Karu_vallavalitsus_Parnumaal, lk 18
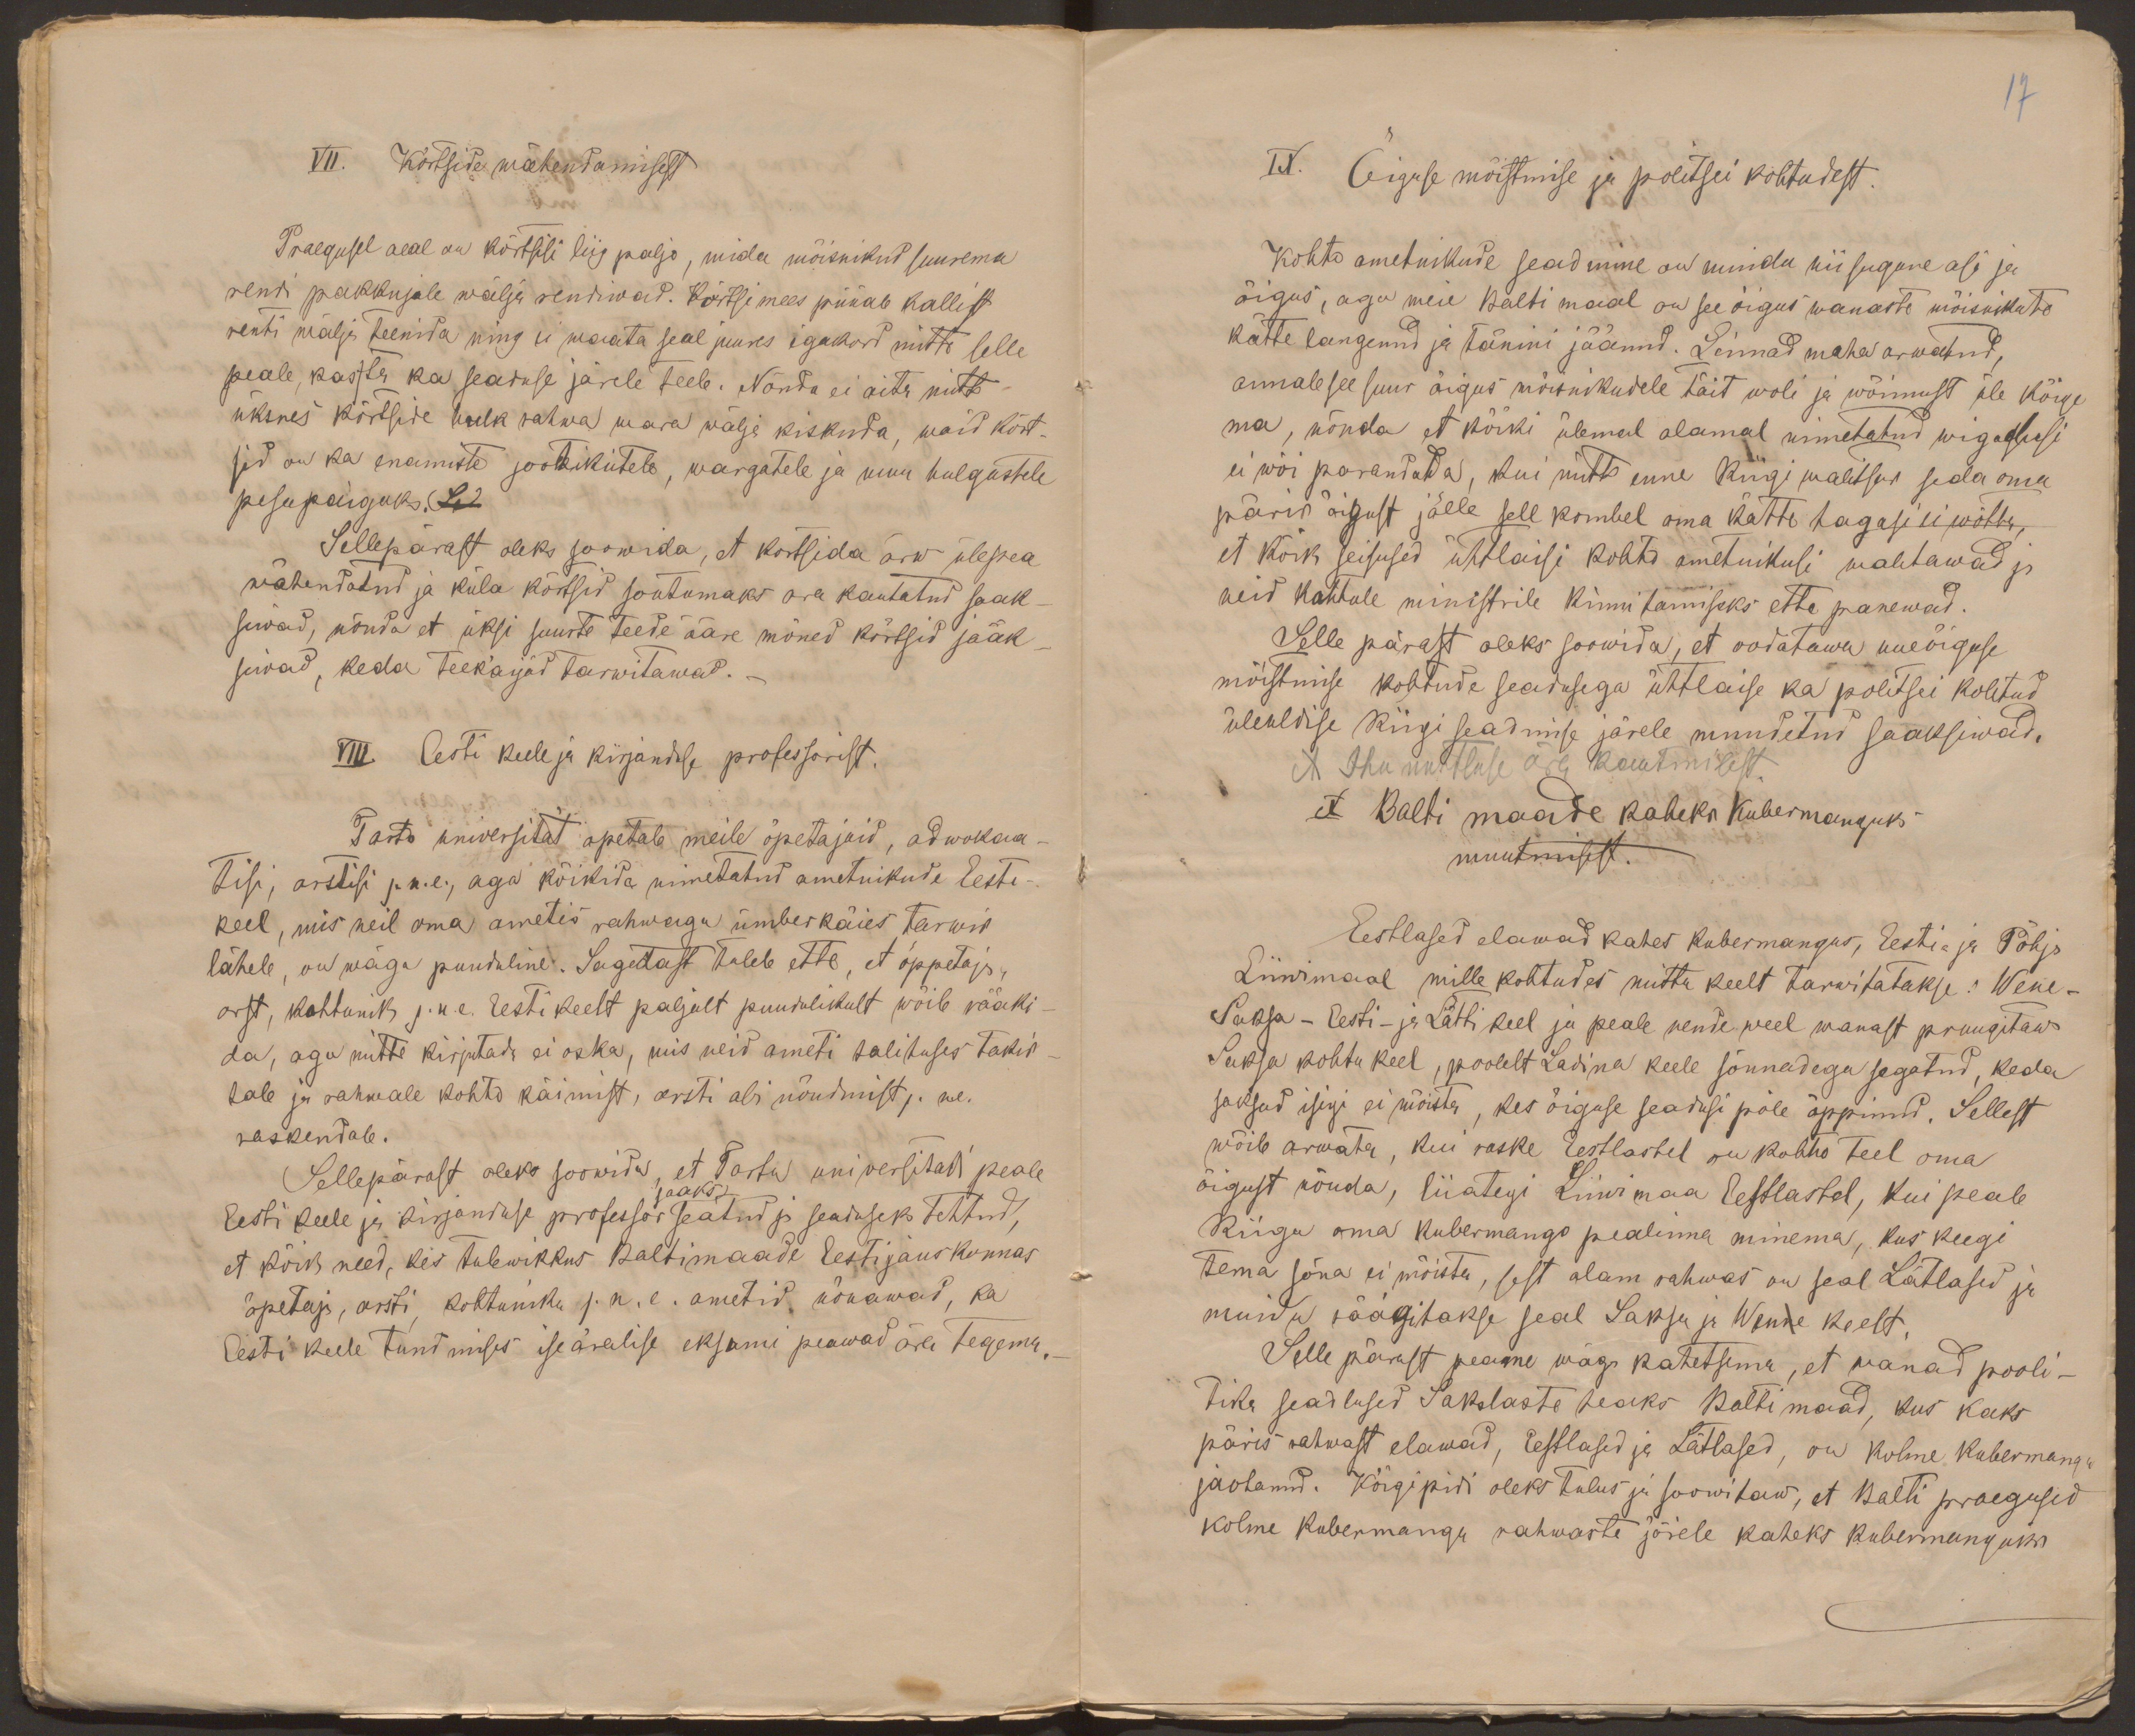
17

VII. Kõrtside wähendamisest
Praegusel aeal on kõrtsisi liig paljo, mida mõisnikud suurema
rendi pakkujale wälja rendiwad. Kõrtsi mees püüab kallist
renti wälja teenida ning ei waata seal juures igakord mitte selle
peale, kassta ka seaduse järele teeb. Nõnda ei aita mitte
üksnes kõrtside hulk rahwa wara wälja kiskuda, waid kõrt-
sid on ka enamiste jootikutele, wargatele ja muu hulgustele
pesapaigaks. Sel
Sellepärast oleks soowida, et kõrtsida arw ülepea
wähendatud ja küla kõrtsid soutumaks ara kautatud saak-
siwad, nõnda et üksi suurte teede ääre mõned kõrtsid jääk-
siwad, keda teekäijad tarwitawad._
VIII. Eesti keele ja kirjanduse professorist.
Tarto univesität opetab meile õpetajaid, adwokaa-
tisi, arstisi j.n.e, aga kõikide nimetatud ametnikude Eesti-
keel, mis neil oma ametis rahwaga ümberkäies tarwis
läheb, on wäga puuduline. Sagedast tuleb ette, et õppetaja
arst, kohtunik j.n.e. Eesti keelt paljalt puudulikult wõib rääki-
da, aga mitte kirjutada ei oska, mis neid ameti talituses takis-
tab ja rahwale kohto käimist, arsti abi nõudmist j. n.e.
raskendab.
Sellepärast oleks soowida, et Tartu universitat peale
saaks
Eesti keele ja kirjanduse professor seatud ja seaduseks tehtud,
et kõik need, kes tulewikkus Baltimaade Eesti jauskonnas
õpetaja, arsti, kohtuniku j.n.e. ametid nõuawad, ka
Eesti keele tundmises iseäralise eksami peawad ära tegema._

IX. Õiguse mõistmise ja politsei kohtudest.
Kohto ametnikude seadmine on muidu niisugune asi ja
õigus, aga meie Balti maal on see õigus wanaste mõisnikute
kätte langenud ja tänini jäänud. Linnad maha arwatud,
annab see suur õigus mõisnikudele täit woli ja wõimust üle kõige
ma, nõnda et kõiki ülemal alamal nimetatud wigadusi
ei wõi parandada, kui mitte enne Riigi walitsus seda oma
päris õigust jälle sell kombel oma kätte tagasi ei wõtta,
et kõik seisused ühtlaisi kohto ametnikusi waletawad ja
neid kohtule ministrile kinnitamiseks ette panewad.
Selle pärast oleks soowida, et oodatawa uueõiguse
mõistmise kohtude seadusega ühtlaise ka politsei kolitud
üleuldise Riigi seadmise järele muudetud saaksiwad.
Ihu nuhtluse ära kautmisest.
X Balti maade kaheks Kubermanguks
muutmisest.
Eestlased elawad kahes kubermangus, Eestis ja Põhja
Liiwimaal mille kohtudes mittu keelt tarwitatakse. Wene-
Saksa - Eesti- ja Lätti keel ja peale nende weel wanast pruugitaw
Saksa kohtu keel, poolelt Ladina keele sõnnadega segatud, keda
saksad isigi ei mõista, kes õiguse seadusi põle õppinud. Sellest
wõib arwata, kui raske Eestlastel on kohto teel oma
õigust nõuda, liiategi Liiwimaa Eestlastel, kui peab
Riiga oma kubermango pealinna minema, kus keegi
tema sõna ei mõista, sest alam rahwas on seal Lätlased ja
muidu räägitakse seal Saksa ja Wenne keelt.
Selle pärast peame wäga kahetsema, et wanad pooli-
tika seadlused Sakslaste heaks Baltimaad, kus kaks
päris rahvast elawad, Eestlased ja Lätlased, on kolme Kubermangu
jaotanud. Kõigipidi oleks tulus ja soowitaw, et Balti praegused
kolme Kubermangu rahwaste järele kaheks kubermanguks